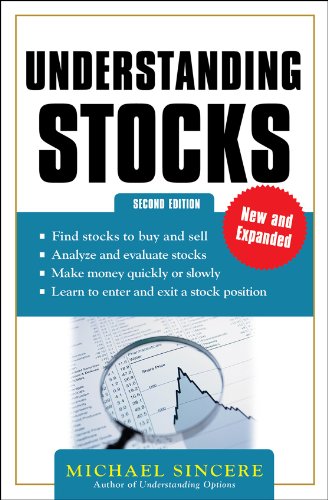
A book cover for Understanding Stocks 2E; Michael Sincere; Business & Money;